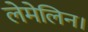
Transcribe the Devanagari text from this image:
लेमेलिन।